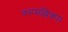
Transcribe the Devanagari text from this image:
वनमल्लिका।